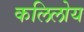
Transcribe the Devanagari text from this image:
कलिलोय